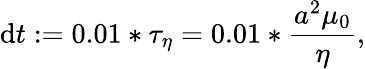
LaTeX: \mathrm{d}t:=0.01*\tau_{\eta}=0.01*\frac{{a^{2}\mu_{0}}}{{\eta}},